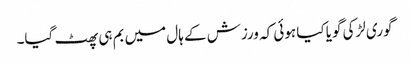
گوری لڑکی گویا کیا ہوئی کہ ورزش کے ہال میں بم ہی پھٹ گیا۔